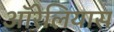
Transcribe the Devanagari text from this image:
ऑरेलियास